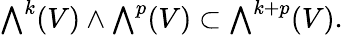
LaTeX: {\textstyle\bigwedge}^{k}(V)\wedge{\textstyle\bigwedge}^{p}(V)\subset{\textstyle\bigwedge}^{k+p}(V).